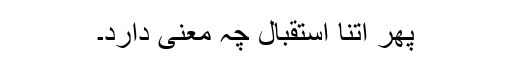
پھر اتنا استقبال چہ معنی دارد۔